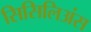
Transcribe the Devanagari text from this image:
सिसिलिअंस